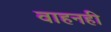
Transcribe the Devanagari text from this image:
वाहनही